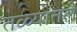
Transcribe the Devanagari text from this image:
तळ्यातले